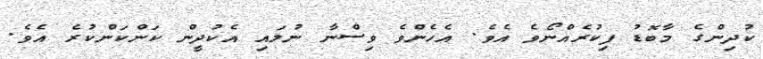
ކުދިންގެ މާބޮޑު ފިކުރެެއްނޯވެ އެވެ. އެހެންވެ ވިސްނާ ނުލައި އެކުދީން ކަންކަންކުރެ އެވެ.